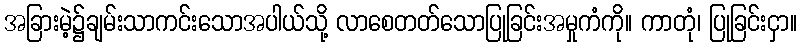
အခြားမဲ့၌ချမ်းသာကင်းသောအပါယ်သို့ လာစေတတ်သောပြုခြင်းအမှုကံကို။ ကာတုံ၊ ပြုခြင်းငှာ။